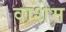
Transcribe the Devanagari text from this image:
वाशेम